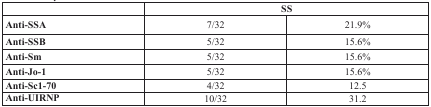
<table><thead><tr><td></td><td colspan="2"><b>SS</b></td></tr></thead><tbody><tr><td><b>Anti-SSA</b></td><td>7/32</td><td>21.9%</td></tr><tr><td><b>Anti-SSB</b></td><td>5/32</td><td>15.6%</td></tr><tr><td><b>Anti-Sm</b></td><td>5/32</td><td>15.6%</td></tr><tr><td><b>Anti-Jo-1</b></td><td>5/32</td><td>15.6%</td></tr><tr><td><b>Anti-Sc1-70</b></td><td>4/32</td><td>12.5</td></tr><tr><td><b>Anti-UIRNP</b></td><td>10/32</td><td>31.2</td></tr></tbody></table>